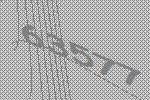
63577